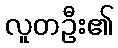
လူတဦး၏